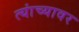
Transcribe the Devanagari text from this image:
त्यांच्यावर